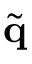
\tilde { { \bf q } }